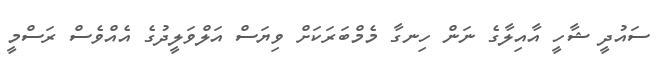
ސައުދީ ޝާހީ އާއިލާގެ ނަން ހިނގާ މެމްބަރަކަށް ވިޔަސް އަލްވަލީދުގެ އެއްވެސް ރަސްމީ